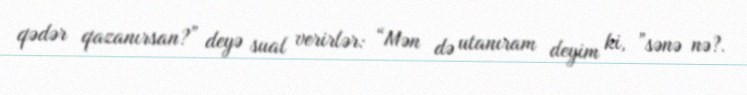
qədər qazanırsan?” deyə sual verirlər: “Mən də utanıram deyim ki, ”sənə nə?.